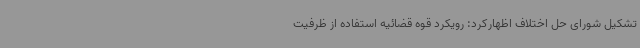
تشکیل شورای حل اختلاف اظهارکرد: رویکرد قوه قضائیه استفاده از ظرفیت